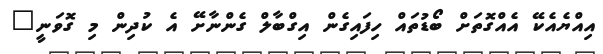
އިއްޔެއެކޭ އެއްގޮތަށް ބޯޑުތައް ހިފައިގެން އިގްބާލް ގެންނާށޭ އެ ކުދިން މި ގޮވަނީ"